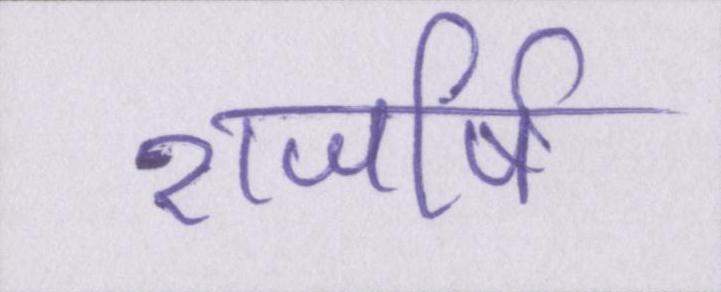
राजर्षि